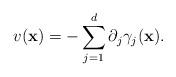
LaTeX: \begin{align*}v(\mathbf{x})=-\sum _{j=1}^d\partial _j \gamma _j(\mathbf{x}).\end{align*}